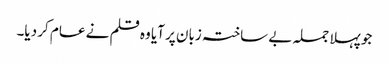
جو پہلا جملہ بے ساختہ زبان پر آیا وہ قلم نے عام کر دیا۔